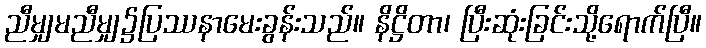
ညီမျှမညီမျှ၌ပြဿနာမေးခွန်းသည်။ နိဋ္ဌိတာ၊ ပြီးဆုံးခြင်းသို့ရောက်ပြီ။